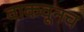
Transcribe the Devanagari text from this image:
वाकवूनच